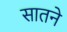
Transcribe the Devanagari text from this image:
सातने